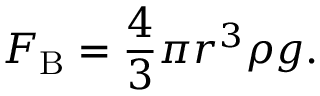
F _ { \mathrm { B } } = { \frac { 4 } { 3 } } \pi r ^ { 3 } \rho g .